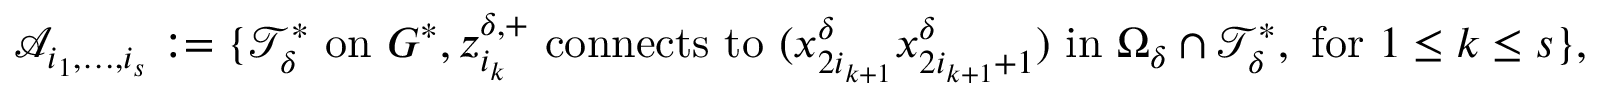
\mathcal { A } _ { i _ { 1 } , \ldots , i _ { s } } : = \{ \mathcal { T } _ { \delta } ^ { * } \mathrm { ~ o n ~ } G ^ { * } , z _ { i _ { k } } ^ { \delta , + } \mathrm { ~ c o n n e c t s ~ t o ~ } ( x _ { 2 i _ { k + 1 } } ^ { \delta } x _ { 2 i _ { k + 1 } + 1 } ^ { \delta } ) \mathrm { ~ i n ~ } \Omega _ { \delta } \cap \mathcal { T } _ { \delta } ^ { * } , \mathrm { ~ f o r ~ } 1 \le k \le s \} ,